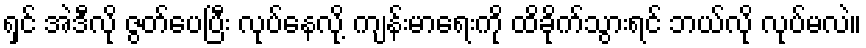
ရှင် အဲဒီလို ဇွတ်ပေပြီး လုပ်နေလို့ ကျန်းမာရေးကို ထိခိုက်သွားရင် ဘယ်လို လုပ်မလဲ။